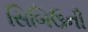
સિબિઉની